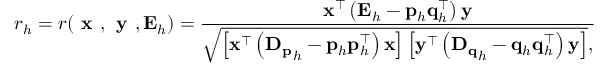
r _ { h } = r ( \textbf { x } , \textbf { y } , \mathbf { E } _ { h } ) = \frac { \mathbf { x } ^ { \top } \left( \mathbf { E } _ { h } - \mathbf { p } _ { h } \mathbf { q } _ { h } ^ { \top } \right) \mathbf { y } } { \sqrt { \left[ \mathbf { x } ^ { \top } \left( \mathbf { D _ { p } } _ { h } - \mathbf { p } _ { h } \mathbf { p } _ { h } ^ { \top } \right) \mathbf { x } \right] \left[ \mathbf { y } ^ { \top } \left( \mathbf { D _ { q } } _ { h } - \mathbf { q } _ { h } \mathbf { q } _ { h } ^ { \top } \right) \mathbf { y } \right] } , }